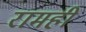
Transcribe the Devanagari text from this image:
रामही